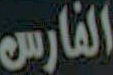
الفارس